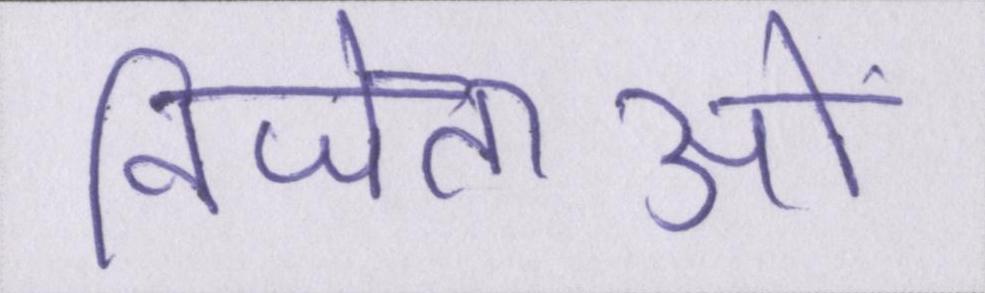
विजेताओं